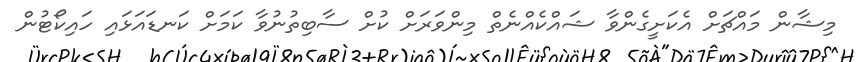
މިޝާން މައްޗަށް އެކަށީގެންވާ ޝައްކެއްނެތް މިންވަރަށް ކުށް ސާބިތުނުވާ ކަމަށް ކަނޑައަޅައި ހައިކޯޓުން